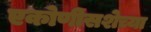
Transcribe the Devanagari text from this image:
एकोणीसशेच्या